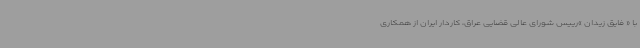
با « فایق زیدان »رییس شورای عالی قضایی عراق، کاردار ایران از همکاری